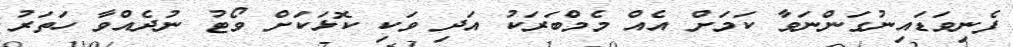
ފެނިވަޑައިނުގަންނަވާ ކަމަށް އެއް މެމްބަރަކު އަދި ވަކި ކޮޅަކަށް ވޯޓު ނުދެއްވާ ހަތަރު